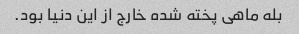
بله ماهی پخته شده خارج از این دنیا بود.